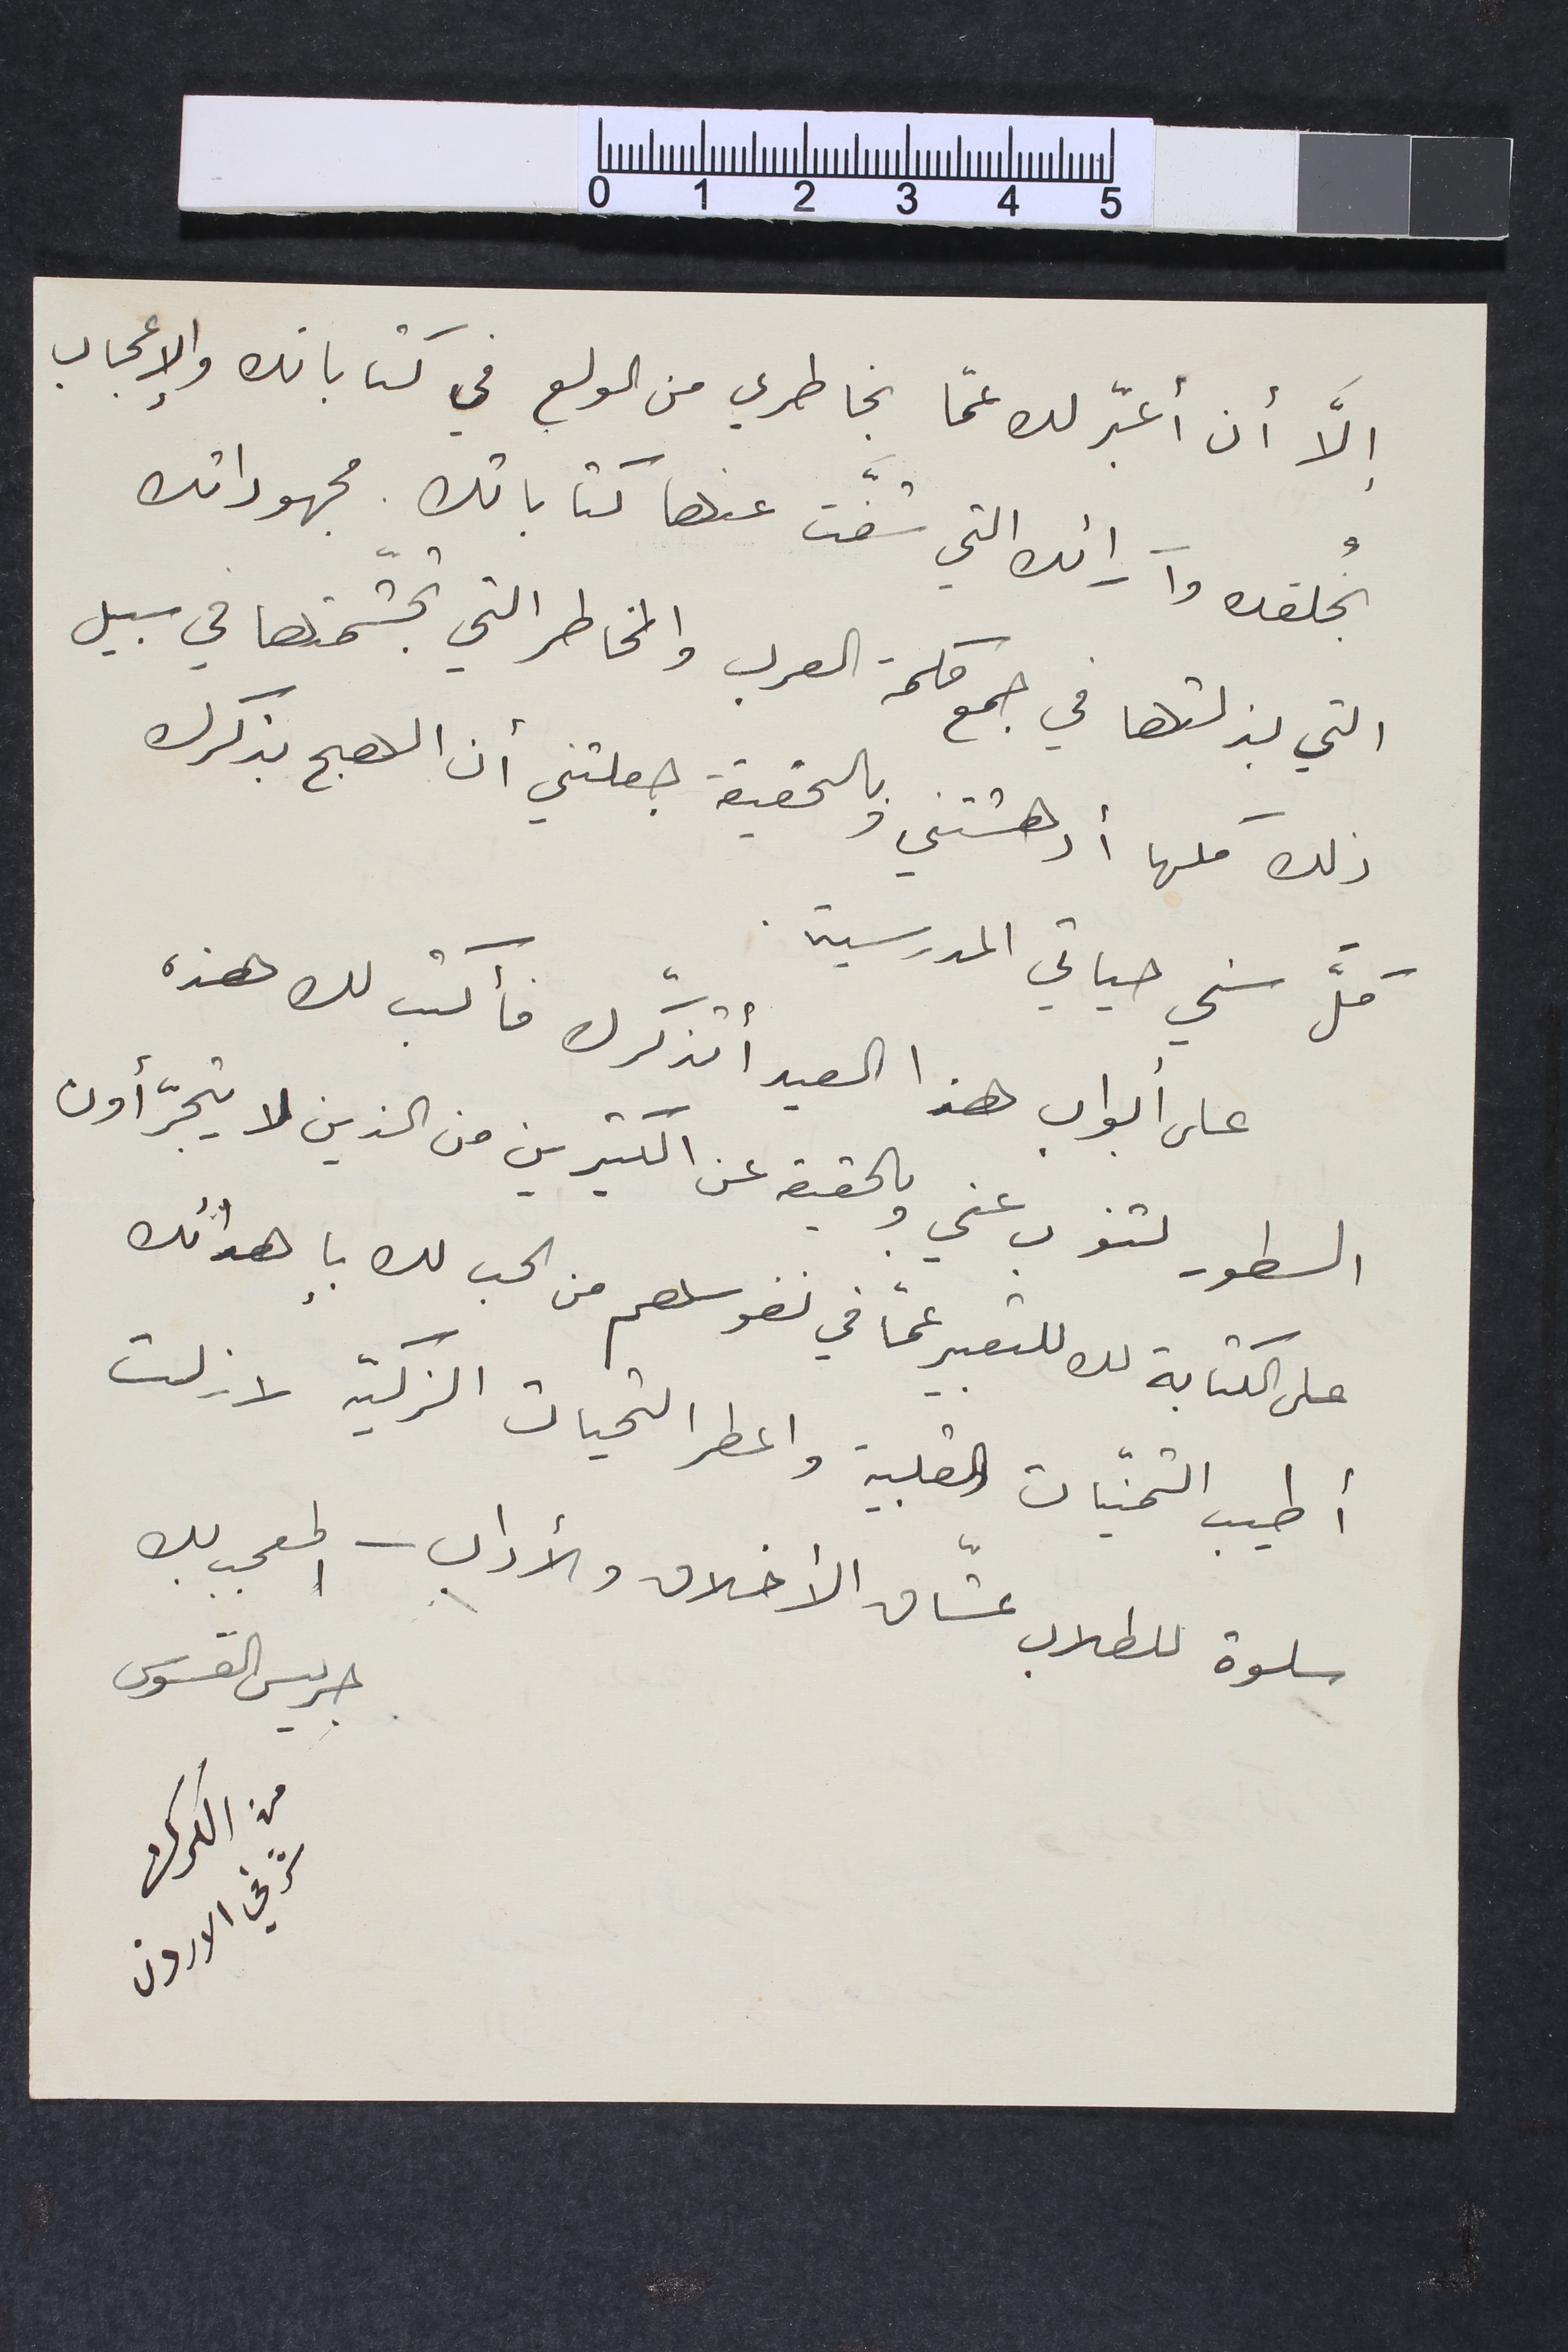
إلاَّ أن أعبّر لك عمّا بخاطري من الولع في كتاباتك والإعجاب
بخُلقك وآرائك التي شفّت عنها كتاباتك. مجهوداتك
التي بذلتها في جمع حكمة العرب والمخاطر التي تجشّمتها في سبيل
ذلك كلها أدهشتني وبالحقيقة جعلتني أن الهج بذكرك
كلَّ سني حياتي المدرسية.
على أبواب هذا العيد أتذكّرك فأكتب لك هذه
السطور لتنوب عني وبالحقيقة عن الكثيرين من الذين لا يتجرّأون
على الكتابة لك للتعبير عمّا في نفوسهم من الحب لك بإهدائك
أطيب التمنّيات القلبية واعطر التحيات الزكية لا زلت
سلوة للطلاب عشّاق الأخلاق والأداب - المعجب بك
جريس القسوس 	من الكرك		شرقي الاردن